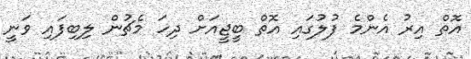
އޮތް އިރު އެންމެ ފުލުގައި އޮތް ބީޖީއަށް ދިހަ މެޗުން ލިބިފައި ވަނީ